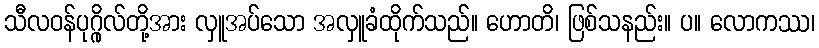
သီလဝန်ပုဂ္ဂိုလ်တို့အား လှူအပ်သော အလှူခံထိုက်သည်။ ဟောတိ၊ ဖြစ်သနည်း။ ပ။ လောကဿ၊